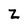
Character: Z